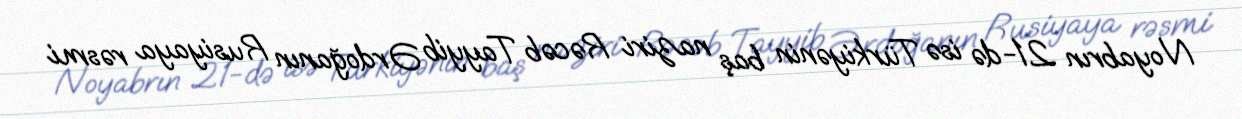
Noyabrın 21-də isə Türkiyənin baş naziri Rəcəb Tayyib Ərdoğanın Rusiyaya rəsmi